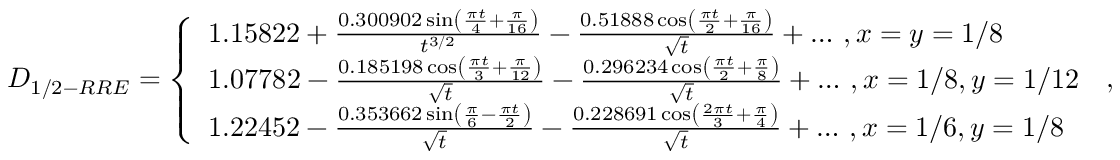
D _ { 1 / 2 - R R E } = \left\{ \begin{array} { l l } { 1 . 1 5 8 2 2 + \frac { 0 . 3 0 0 9 0 2 \sin \left( \frac { \pi t } { 4 } + \frac { \pi } { 1 6 } \right) } { t ^ { 3 / 2 } } - \frac { 0 . 5 1 8 8 8 \cos \left( \frac { \pi t } { 2 } + \frac { \pi } { 1 6 } \right) } { \sqrt { t } } + \dots \, , x = y = 1 / 8 } \\ { 1 . 0 7 7 8 2 - \frac { 0 . 1 8 5 1 9 8 \cos \left( \frac { \pi t } { 3 } + \frac { \pi } { 1 2 } \right) } { \sqrt { t } } - \frac { 0 . 2 9 6 2 3 4 \cos \left( \frac { \pi t } { 2 } + \frac { \pi } { 8 } \right) } { \sqrt { t } } + \dots \, , x = 1 / 8 , y = 1 / 1 2 } \\ { 1 . 2 2 4 5 2 - \frac { 0 . 3 5 3 6 6 2 \sin \left( \frac { \pi } { 6 } - \frac { \pi t } { 2 } \right) } { \sqrt { t } } - \frac { 0 . 2 2 8 6 9 1 \cos \left( \frac { 2 \pi t } { 3 } + \frac { \pi } { 4 } \right) } { \sqrt { t } } + \dots \, , x = 1 / 6 , y = 1 / 8 } \end{array} \right. \, ,